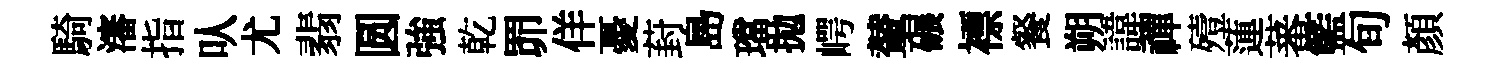
騎瀋指㕥尤翡圆強乾𦊑佯憂葑島璫拋崿輦碾褾餐朔諱禪殪蓮蕃籃旬顔